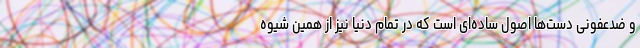
و ضدعفونی دست‌ها اصول ساده‌ای است که در تمام دنیا نیز از همین شیوه